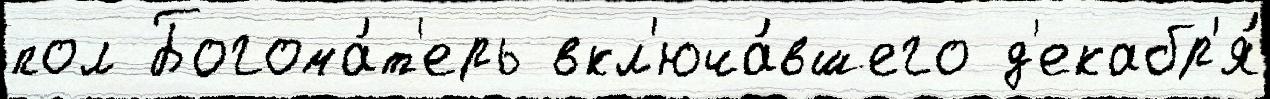
пол Богома́т'ерь вкл'юча́вшего д'екабр'я́